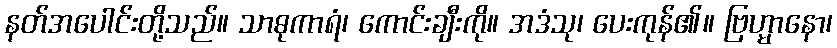
နတ်အပေါင်းတို့သည်။ သာဓုကာရံ၊ ကောင်းချီးကို။ အဒံသု၊ ပေးကုန်၏။ ဗြဟ္မာနော၊